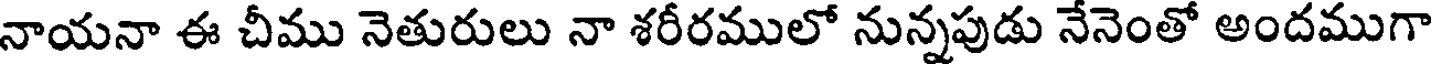
నాయనా ఈ చీము నెతురులు నా శరీరములో నున్నపుడు నేనెంతో అందముగా